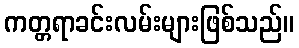
ကတ္တရာခင်းလမ်းများဖြစ်သည်။